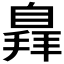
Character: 𦤛